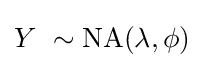
Y\ \sim \operatorname {NA} (\lambda ,\phi )